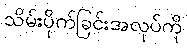
သိမ်းပိုက်ခြင်းအလုပ်ကို